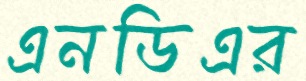
এনডিএর